Bulletin of the Pasteur Institute of Southern India, Coonoor - No. 2.
Year: 1909
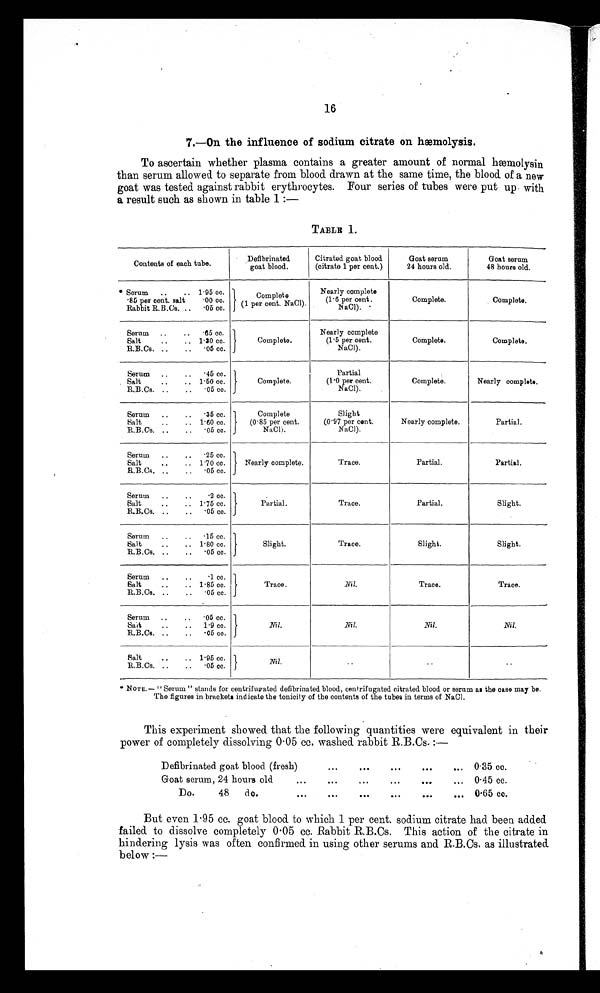
16
7.—On the influence of sodium citrate on hæmolysis.
To ascertain whether plasma contains a greater amount of normal hæmolysin
than serum allowed to separate from blood drawn at the same time, the blood of a new
goat was tested against rabbit erythrocytes. Four series of tubes were put up with
a result such as shown in table 1 :—
TABLE 1.
Contents of each tube.
Defibrinated
goat blood.
Citrated goat blood
(citrate 1 per cent.)
Goat serum
24 hours old.
Goat serum
48 hours old.
* Serum
..
.. 1.95 cc.
85 per cent. salt
.00 co.
Rabbit R.B.Cs. ..
.05 co.
Complete
(1 per cent. NaCI).
Nearly complete
(1.6 per cent.
NaCI).
Complete.
Complete.
Serum
..
..
65 cc.
Salt
..
.. 1.30 cc.
R.B.Cs. ..
..
.05 cc.
Complete.
Nearly complete
(1.5 per cent.
NaCI).
Complete.
Complete.
Serum
..
..
45 cc.
Salt
..
.. 1.50 cc.
R.B.Cs. ..
..
.05 cc.
Complete.
Partial
(1.0 per cent.
NaCl).
Complete.
Nearly complete.
Serum
..
..
.35 cc.
Salt
..
.. 1.60 cc.
R.B.Cs. ..
..
.05 cc.
Complete
(0.85 per cent.
NaCI).
Slight
(0.97 per cent.
NaCI).
Nearly complete.
Partial.
Serum
.25 cc.
Salt
..
.. 1.70 cc.
R.B.Cs. ..
..
.05 cc.
Nearly complete.
Trace.
Partial.
Partial.
Serum
..
..
.2 cc.
Salt
..
.. 1.75 cc.
R.B.Cs. ..
..
.05 cc.
Partial.
Trace.
Partial.
Slight.
Serum
..
..
.15 cc.
Salt
..
.. 1.80 cc.
R.B.Cs. ..
..
.05 cc.
Slight.
Trace.
Slight.
Slight.
Serum
..
..
.1 co.
Salt
..
.. 1 . 85 cc.
R.B.Cs. ..
..
.05 cc.
Trace.
Nil.
Trace.
Trace.
Serum
..
..
.05 cc.
Sait
..
..
1.9 cc.
R.B.Cs. ..
..
.05 co.
Nil.
Nil.
N i l .
Nil.
Salt
..
.. 1.95 cc.
R . B . C s .
. .
. .
. . . . . . . 3 3 3 3 3 3 3 3
c c .
Nil .
. .
.
.
.
'
NOTE.— "Serum" stands for centrifugated defibrinated blood, centrifugated citrated blood or serum as the case may be.
The figures in brackets indicate the tonicity of the contents of the tubes in terms of NaCI.
This experiment showed that the following quantities were equivalent in their
power of completely dissolving 0 . 05 cc. washed rabbit R.B.Cs.
Defibrinated goat blood (fresh)
0 . 35 cc.
Goat serum, 24 hours old
0 . 45 cc.
D o. 48 do.
0 . 65 cc.
But even 1 . 95 cc. goat blood to which 1 per cent. sodium citrate had been added
failed to dissolve completely 0 . 05 cc. Rabbit R.B.Cs. This action of the citrate in
hindering lysis was often confirmed in using other serums and R.B.Cs. as illustrated.
below :—